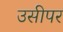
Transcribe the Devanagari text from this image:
उसीपर